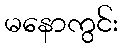
မနောကွင်း